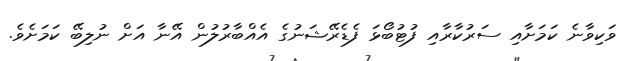
ވަކިވާނެ ކަމަށާއި ސަރުކާރާއި ފުޓުބޯޅަ ފެޑެރޭޝަނުގެ އެއްބާރުލުން އޭނާ އަށް ނުލިބޭ ކަމަށެވެ.